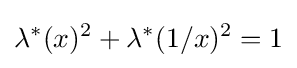
\lambda ^{*}(x)^{2}+\lambda ^{*}(1/x)^{2}=1